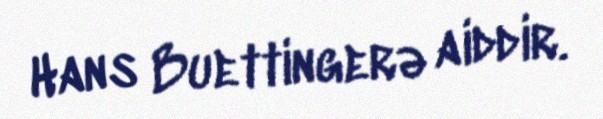
Hans Buettingerə aiddir.